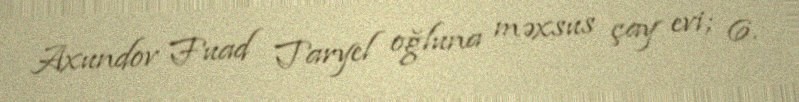
Axundov Fuad Taryel oğluna məxsus çay evi; 6.